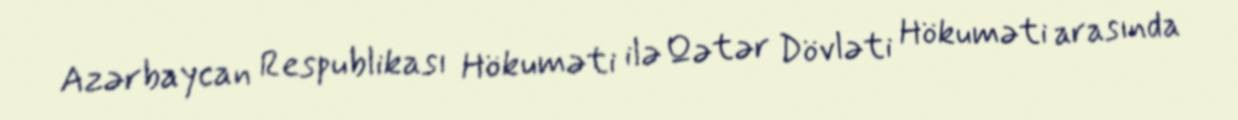
Azərbaycan Respublikası Hökuməti ilə Qətər Dövləti Hökuməti arasında